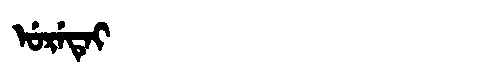
Manchu: ᡠᡵᡝᡨᡝᡳ
Romanization: URETEI